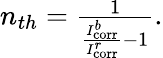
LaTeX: \begin{array}{r}{n_{th}=\frac{1}{\frac{I_{\mathrm{corr}}^{b}}{I_{\mathrm{corr}}^{r}}-1}.}\end{array}